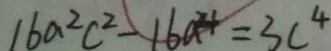
1 6 a ^ { 2 } c ^ { 2 } - 1 6 a ^ { 4 } = 3 c ^ { 4 }